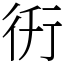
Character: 𧗤